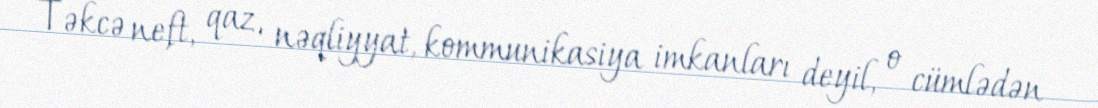
Təkcə neft, qaz, nəqliyyat, kommunikasiya imkanları deyil, o cümlədən